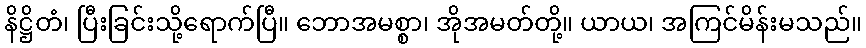
နိဋ္ဌိတံ၊ ပြီးခြင်းသို့ရောက်ပြီ။ ဘောအမစ္စာ၊ အိုအမတ်တို့။ ယာယ၊ အကြင်မိန်းမသည်။